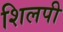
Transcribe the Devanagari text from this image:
शिलपी